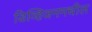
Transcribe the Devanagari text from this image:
डिव्हिजनमधील